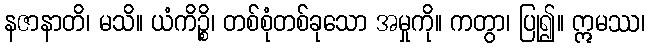
နဇာနာတိ၊ မသိ။ ယံကိဉ္စိ၊ တစ်စုံတစ်ခုသော အမှုကို။ ကတွာ၊ ပြု၍။ ဣမဿ၊